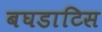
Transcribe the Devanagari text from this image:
बघडाटिस